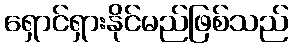
ရှောင်ရှားနိုင်မည်ဖြစ်သည်